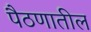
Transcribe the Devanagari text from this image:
पैठणातील